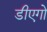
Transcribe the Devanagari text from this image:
डीएगो